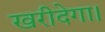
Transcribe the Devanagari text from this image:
खरीदेगा।